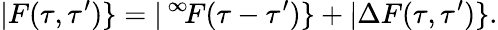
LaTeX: |F(\tau,\tau^{\prime})\} =|\, ^{\infty}\! F(\tau-\tau^{\prime})\} +|\Delta F(\tau,\tau^{\prime})\} .